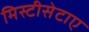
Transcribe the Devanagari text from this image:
मिस्टीसेटाए